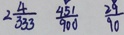
2 \frac { 4 } { 3 3 3 } \frac { 4 5 1 } { 9 0 0 } \frac { 2 9 } { 9 0 }